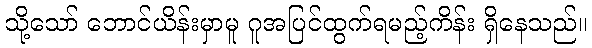
သို့သော် ဘောင်ယိန်းမှာမူ ဂူအပြင်ထွက်ရမည့်ကိန်း ရှိနေသည်။